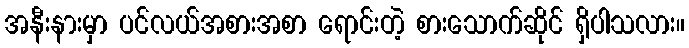
အနီးနားမှာ ပင်လယ်အစားအစာ ရောင်းတဲ့ စားသောက်ဆိုင် ရှိပါသလား။